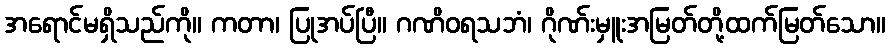
အရောင်မရှိသည်ကို။ ကတာ၊ ပြုအပ်ပြီ။ ဂဏိဝရသဘံ၊ ဂိုဏ်းမှူးအမြတ်တို့ထက်မြတ်သော။